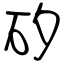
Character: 矽